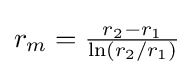
{\textstyle r_{m}={\frac {r_{2}-r_{1}}{\ln(r_{2}/r_{1})}}}